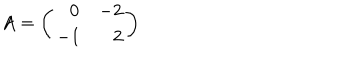
LaTeX: A = \left( \begin{array} { c r c r } { { \: \: \: 0 } } & { { - 2 } } \\ { { - 1 } } & { { \: \: 2 } } \\ \end{array} \right)